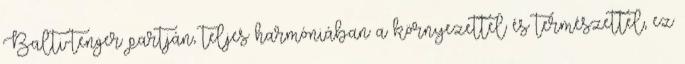
Balti-tenger partján, teljes harmóniában a környezettel és természettel, ez